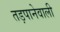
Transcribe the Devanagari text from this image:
तड़पानेवाली